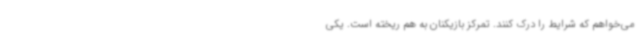
می‌خواهم که شرایط را درک کنند. تمرکز بازیکنان به هم ریخته است. یکی